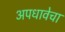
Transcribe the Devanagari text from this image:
अपधावेचा